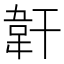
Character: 𩎒